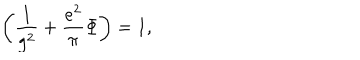
LaTeX: \left( { \frac { 1 } { g ^ { 2 } } } + { \frac { e ^ { 2 } } { \pi } } \Phi \right) = 1 ,